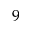
9